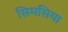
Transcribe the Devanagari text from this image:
सिमसिया